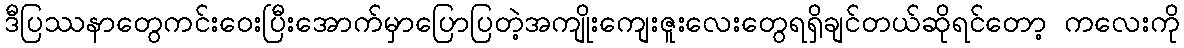
ဒီပြဿနာတွေကင်းဝေးပြီးအောက်မှာပြောပြတဲ့အကျိုးကျေးဇူးလေးတွေရရှိချင်တယ်ဆိုရင်တော့ ကလေးကို